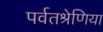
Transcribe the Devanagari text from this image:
पर्वतश्रेणिया